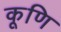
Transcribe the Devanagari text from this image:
कूणि